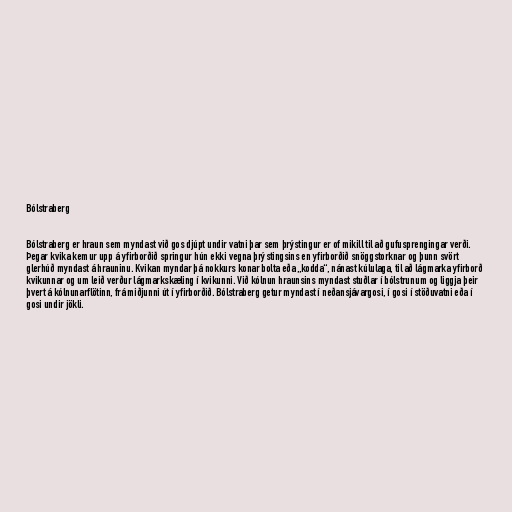
Bólstraberg

Bólstraberg er hraun sem myndast við gos djúpt undir vatni þar sem þrýstingur er of mikill til að gufusprengingar verði.
Þegar kvika kemur upp á yfirborðið springur hún ekki vegna þrýstingsins en yfirborðið snöggstorknar og þunn svört
glerhúð myndast á hrauninu. Kvikan myndar þá nokkurs konar bolta eða „kodda“, nánast kúlulaga, til að lágmarka yfirborð
kvikunnar og um leið verður lágmarkskæling í kvikunni. Við kólnun hraunsins myndast stuðlar í bólstrunum og liggja þeir
þvert á kólnunarflötinn, frá miðjunni út í yfirborðið. Bólstraberg getur myndast í neðansjávargosi, í gosi í stöðuvatni eða í
gosi undir jökli.